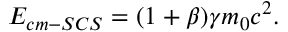
E _ { c m - S C S } = ( 1 + \beta ) \gamma m _ { 0 } c ^ { 2 } .